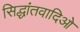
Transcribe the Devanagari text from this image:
सिद्धांतवादिओ